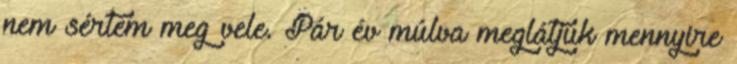
nem sértem meg vele. Pár év múlva meglátjuk mennyire